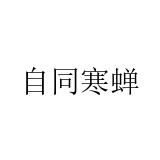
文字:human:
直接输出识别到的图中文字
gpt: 自同寒蝉